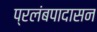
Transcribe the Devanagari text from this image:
प्रलंबपादासन